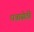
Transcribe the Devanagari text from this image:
धन्नासेठी